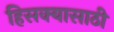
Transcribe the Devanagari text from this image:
हिसक्यासाठी